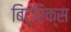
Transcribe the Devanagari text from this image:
बिट्रिक्स